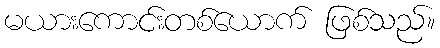
မယားကောင်းတစ်ယောက် ဖြစ်သည်။